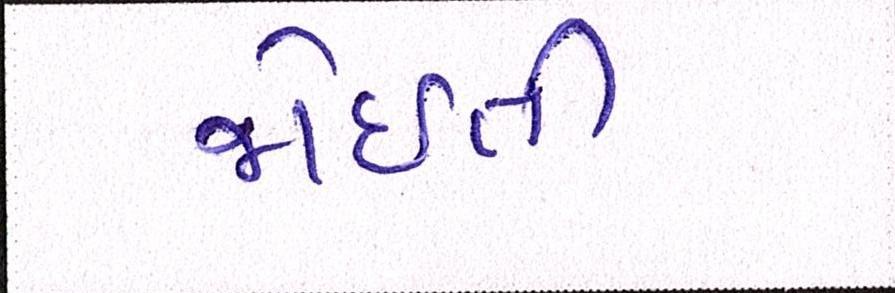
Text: જોઈતી